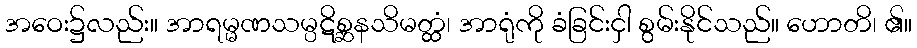
အဝေး၌လည်း။ အာရမ္မဏသမ္ပဋိစ္ဆနသိမတ္ထံ၊ အာရုံကို ခံခြင်းငှါ စွမ်းနိုင်သည်။ ဟောတိ၊ ၏။